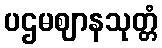
ပဌမဈာနသုတ္တံ